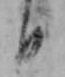
日